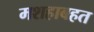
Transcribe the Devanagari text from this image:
मशहाबहत